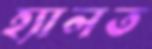
হ্যালত